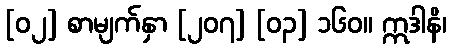
[၀၂] စာမျက်နှာ [၂၀၇] [၀၃] ၁၆၀။ ဣဒါနိ၊